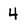
Character: 4